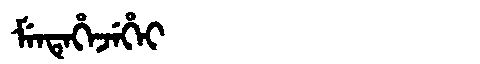
Manchu: ᠮᡝᠨᡨᡝᡥᡝᠵᡝᡥᡝᡳ
Romanization: MENTEHEJEHEI